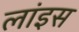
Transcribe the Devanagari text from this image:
लांइस